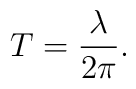
T = \frac{\lambda}{2 \pi}.